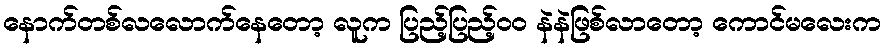
နောက်တစ်လလောက်နေတော့ လူက ပြည့်ပြည့်ဝဝ နဲနဲဖြစ်လာတော့ ကောင်မလေးက